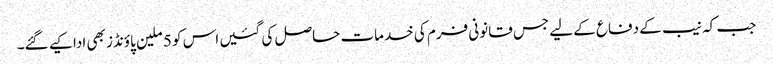
جب کہ نیب کے دفاع کے لیے جس قانونی فرم کی خدمات حاصل کی گئیں اس کو 5 ملین پاؤنڈز بھی ادا کیے گئے۔